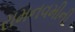
રામનવમીની